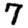
Digit: 7